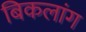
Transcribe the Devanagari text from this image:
बिकलांग